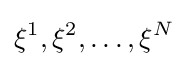
\xi ^{1},\xi ^{2},\dots ,\xi ^{N}